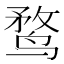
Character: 鹜